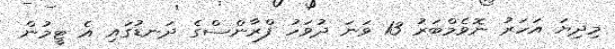
މިދިޔަ އަހަރު ނޮވެމްބަރު 13 ވަނަ ދުވަހު ފްރާންސްގެ ދަނޑުގައި އެ ޓީމުން